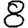
Digit: 8